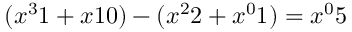
( { x ^ { 3 } } 1 + { x } 1 0 ) - ( { x ^ { 2 } } 2 + { x ^ { 0 } } 1 ) = { x ^ { 0 } } 5